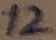
Text: 12